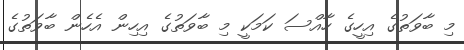
މި ބާވަތުގެ އިހީގެ ހާއްސަ ކަމަކީ މި ބާވަތުގެ އިހިން އެހެން ބާވަތުގެ